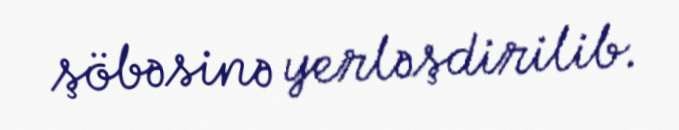
şöbəsinə yerləşdirilib.